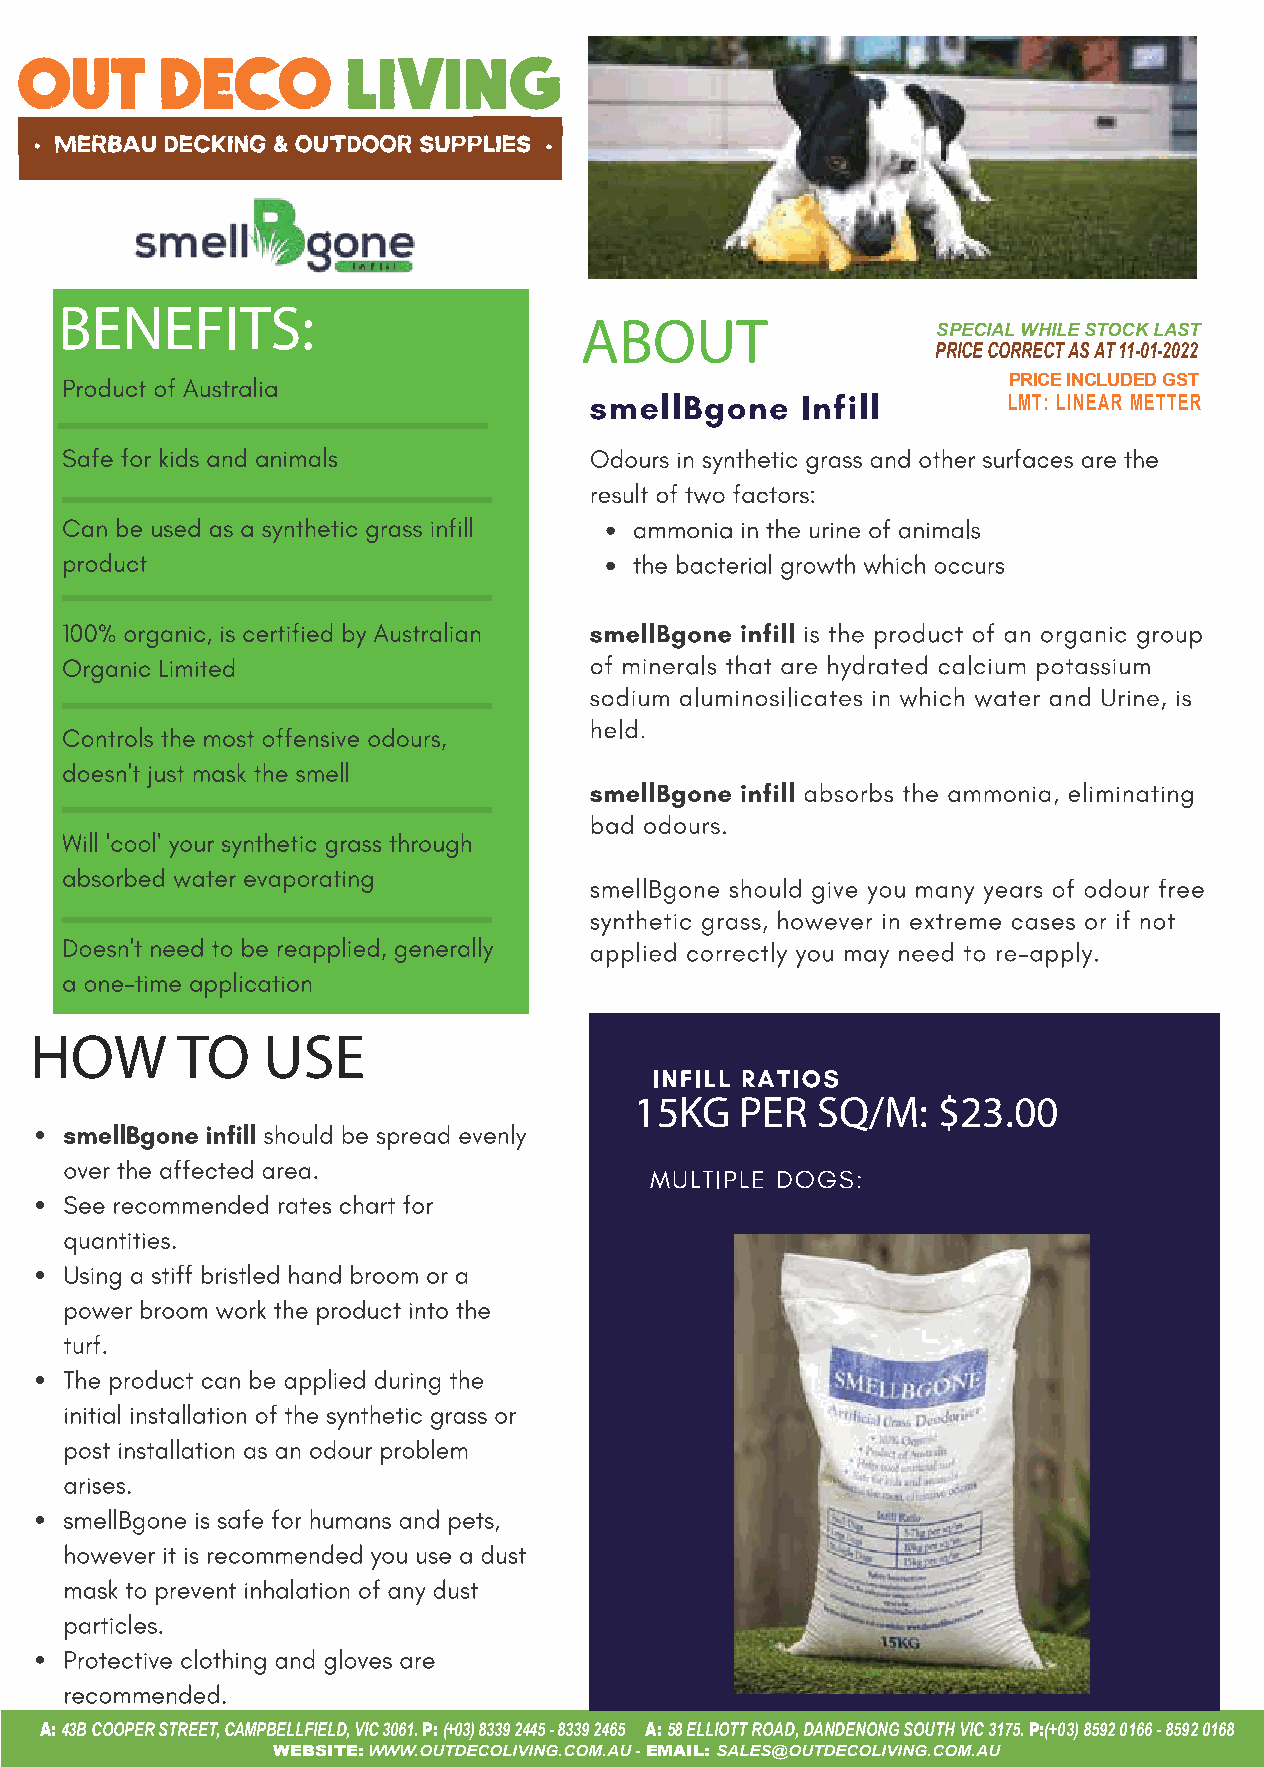
BENEFITS:
 ABOUT
 SPECIAL WHILE STOCK LAST
 PRICE CORRECT AS AT 11-01-2022
 PRICE INCLUDED GST
 LMT: LINEAR METTER
 HOW       TO   USE
 15KG   PER  SQ/M:   $23.00
 A: 43B COOPER STREET, CAMPBELLFIELD, VIC 3061. P: (+03) 8339 2445 - 8339 2465 A: 58 ELLIOTT ROAD, DANDENONG SOUTH VIC 3175. P:(+03) 8592 0166 - 8592 0168
 WEBSITE: WWW.OUTDECOLIVING.COM.AU - EMAIL: SALES@OUTDECOLIVING.COM.AU